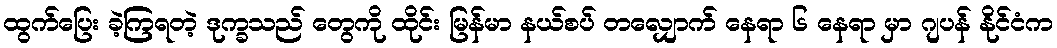
ထွက်ပြေး ခဲ့ကြရတဲ့ ဒုက္ခသည် တွေကို ထိုင်း မြန်မာ နယ်စပ် တလျှောက် နေရာ ၆ နေရာ မှာ ဂျပန် နိုင်ငံက